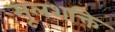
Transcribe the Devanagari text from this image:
मूलशक्ति